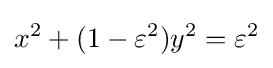
x^{2}+(1-\varepsilon ^{2})y^{2}=\varepsilon ^{2}